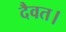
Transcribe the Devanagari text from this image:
दैवत।